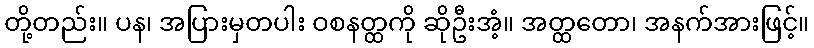
တို့တည်း။ ပန၊ အပြားမှတပါး ဝစနတ္ထကို ဆိုဦးအံ့။ အတ္ထတော၊ အနက်အားဖြင့်။